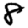
Digit: 8